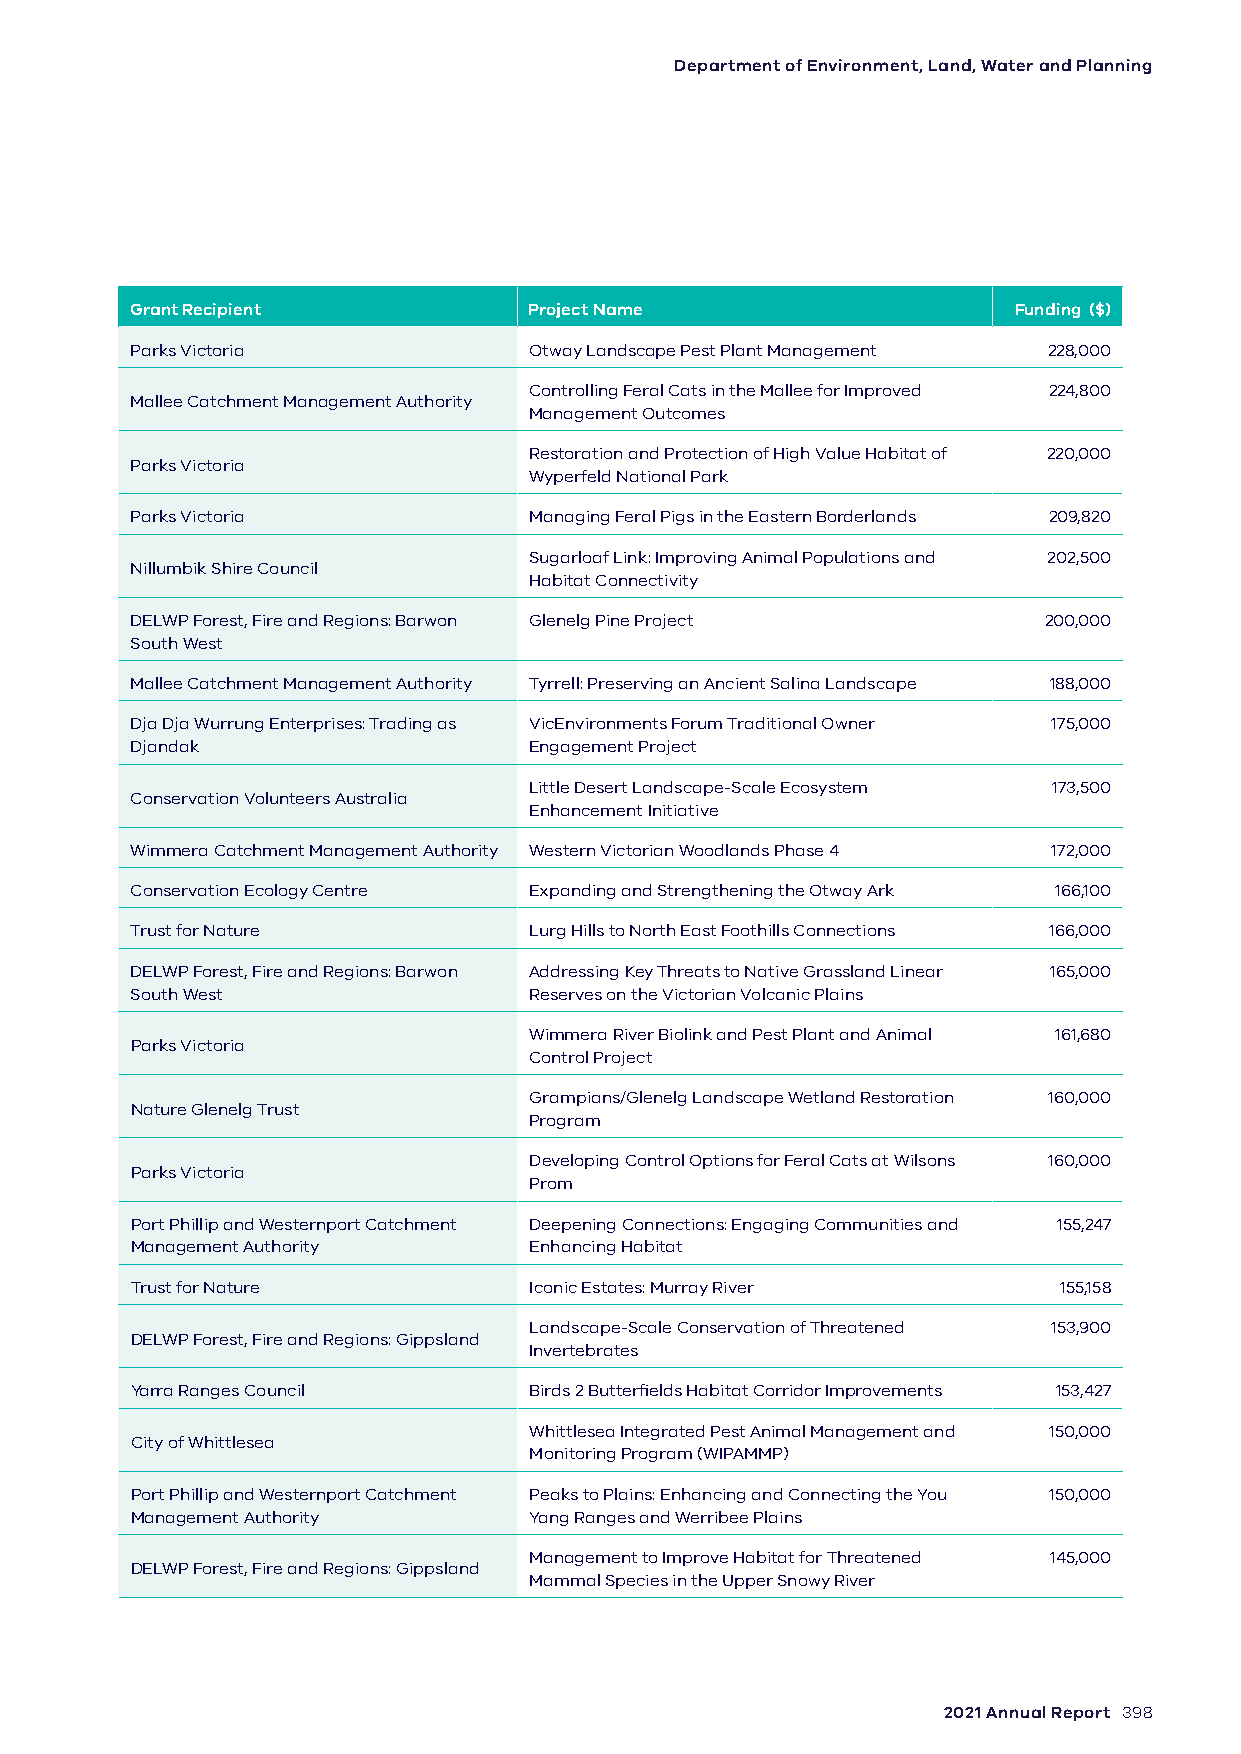
Department of Environment, Land, Water and Planning
 Grant Recipient           Project Name                    Funding ($)
 Parks Victoria            Otway Landscape Pest Plant Management 228,000
 Controlling Feral Cats in the Mallee for Improved 224,800
 Mallee Catchment Management Authority
 Management Outcomes
 Restoration and Protection of High Value Habitat of 220,000
 Parks Victoria
 Wyperfeld National Park
 Parks Victoria            Managing Feral Pigs in the Eastern Borderlands 209,820
 Sugarloaf Link: Improving Animal Populations and 202,500
 Nillumbik Shire Council
 Habitat Connectivity
 DELWP Forest, Fire and Regions: Barwon Glenelg Pine Project 200,000
 South West
 Mallee Catchment Management Authority Tyrrell: Preserving an Ancient Salina Landscape 188,000
 Dja Dja Wurrung Enterprises: Trading as VicEnvironments Forum Traditional Owner 175,000
 Djandak                   Engagement Project
 Little Desert Landscape-Scale Ecosystem 173,500
 Conservation Volunteers Australia
 Enhancement Initiative
 Wimmera Catchment Management Authority Western Victorian Woodlands Phase 4 172,000
 Conservation Ecology Centre Expanding and Strengthening the Otway Ark 166,100
 Trust for Nature          Lurg Hills to North East Foothills Connections 166,000
 DELWP Forest, Fire and Regions: Barwon Addressing Key Threats to Native Grassland Linear 165,000
 South West                Reserves on the Victorian Volcanic Plains
 Wimmera River Biolink and Pest Plant and Animal 161,680
 Parks Victoria
 Control Project
 Grampians/Glenelg Landscape Wetland Restoration 160,000
 Nature Glenelg Trust
 Program
 Developing Control Options for Feral Cats at Wilsons 160,000
 Parks Victoria
 Prom
 Port Phillip and Westernport Catchment Deepening Connections: Engaging Communities and 155,247
 Management Authority      Enhancing Habitat
 Trust for Nature          Iconic Estates: Murray River       155,158
 Landscape-Scale Conservation of Threatened 153,900
 DELWP Forest, Fire and Regions: Gippsland
 Invertebrates
 Yarra Ranges Council      Birds 2 Butterfields Habitat Corridor Improvements 153,427
 Whittlesea Integrated Pest Animal Management and 150,000
 City of Whittlesea
 Monitoring Program (WIPAMMP)
 Port Phillip and Westernport Catchment Peaks to Plains: Enhancing and Connecting the You 150,000
 Management Authority      Yang Ranges and Werribee Plains
 Management to Improve Habitat for Threatened 145,000
 DELWP Forest, Fire and Regions: Gippsland
 Mammal Species in the Upper Snowy River
 2021 Annual Report 398